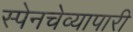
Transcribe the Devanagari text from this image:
स्पेनचेव्यापारी